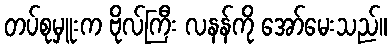
တပ်စုမှူးက ဗိုလ်ကြီး လနန်ကို အော်မေးသည်။